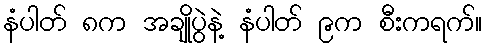
နံပါတ် ၈က အချိုပွဲနဲ့ နံပါတ် ၉က စီးကရက်။